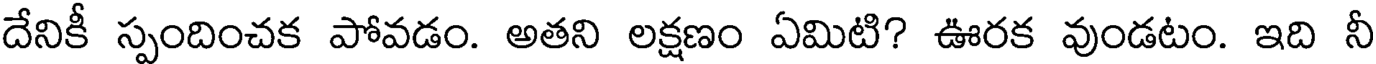
దేనికీ స్పందించక పోవడం. అతని లక్షణం ఏమిటి? ఊరక వుండటం. ఇది నీ